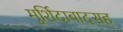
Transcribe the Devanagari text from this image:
मुर्शिदाबादसह